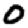
Digit: 0